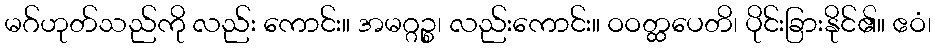
မဂ်ဟုတ်သည်ကို လည်း ကောင်း။ အမဂ္ဂဉ္စ၊ လည်းကောင်း။ ဝဝတ္ထပေတိ၊ ပိုင်းခြားနိုင်၏။ ဧဝံ၊